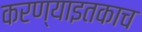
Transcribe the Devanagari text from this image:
करण्याइतकाच